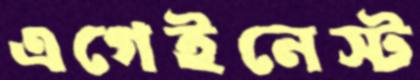
এগেইনেস্ট